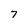
Character: 7